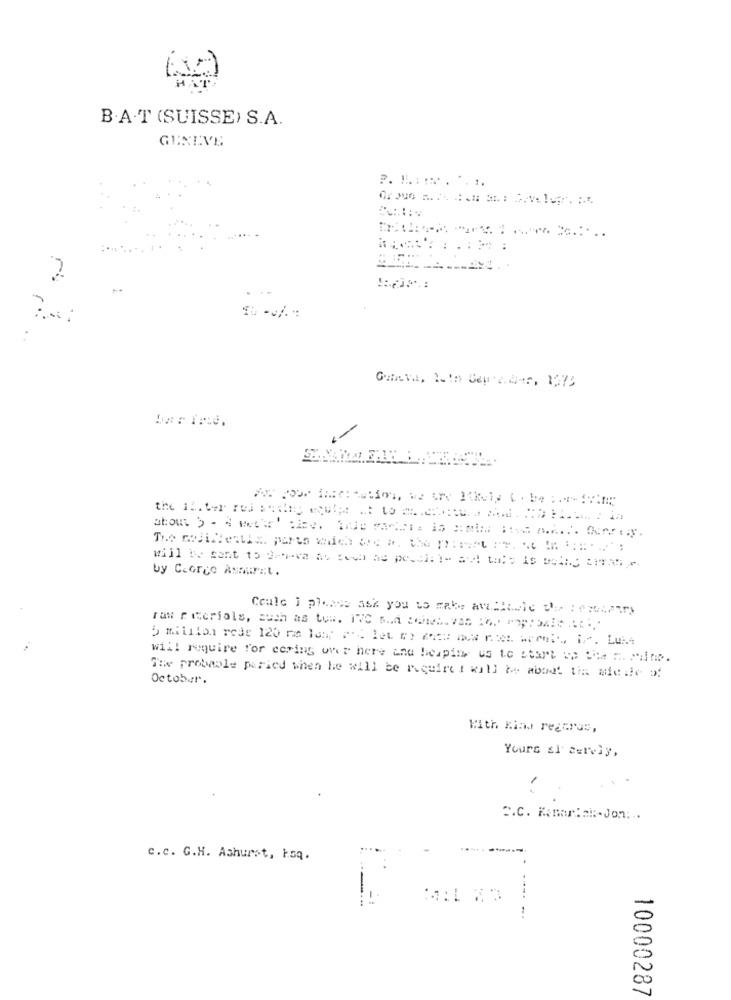
B.A.T (SUISSE) S.A.
GENEVE
P. L. ... . ....
2
will Be sent to depre as ted be pord:\" at this Is Both OFRio
by Ccorce Asaurat.
Coule i please ask you to make awalludle this : "mutatrs
rax r erials, such as tow. 1VC p.d @web. 738 16. Pop: baie :E ...
will require for cering over here and helping us to start up the reding.
October.
The protole paried when he will be require i will be abaet tin afeile of
With kind regards,
Yours si cerviy,
2.C. Kenar:al :- Jon ...
c.c. G.H. Ashurst, ksq.
-----.
10000287